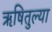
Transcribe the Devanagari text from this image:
ऋषितुल्या